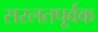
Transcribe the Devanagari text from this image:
सरलतपूर्वक